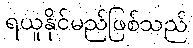
ရယူနိုင်မည်ဖြစ်သည်